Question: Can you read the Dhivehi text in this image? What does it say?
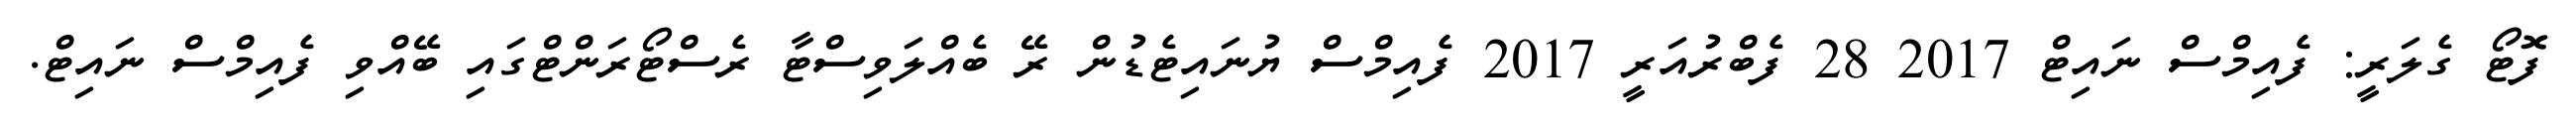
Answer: ފޮޓޯ ގެލަރީ: ފެއިމްސް ނައިޓް 2017 28 ފެބްރުއަރީ 2017 ފެއިމްސް ޔުނައިޓެޑުން ރޭ ބެއްލަވިސްޓާ ރެސްޓޯރަންޓްގައި ބޭއްވި ފެއިމްސް ނައިޓް.